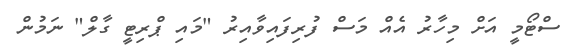
ސްޓޯމީ އަށް މިހާރު އެއް މަސް ފުރިފައިވާއިރު "މައި ޕްރިޓީ ގާލް" ނަމުން